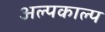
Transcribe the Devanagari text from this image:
अल्पकाल्प